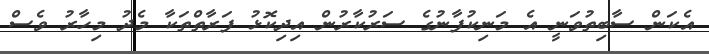
އެކަން ސާބިތުވަނީ އެ މަނިކުފާނުގެ ސަރުކާރުން އިދިކޮޅު ފަރާތްތަކާ މެދު މިހާރު ވެސް